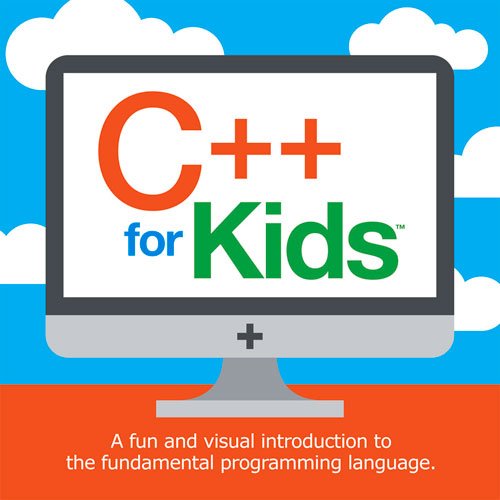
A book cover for C++ for Kids: A fun and visual introduction to the fundamental programing language; Blaise Vanden-Heuvel; Children's Books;